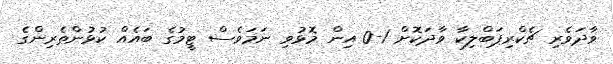
ވާދަވެރި ޗެކްރިޕަބްލިކާ ވާދަކޮށް 1-0 އިން މޮޅުވި ނަމަވެސް ޓީމުގެ ބައެއް ކުޅުންތެރިންގެ